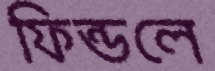
ফিন্ডলে